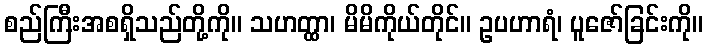
စည်ကြီးအစရှိသည်တို့ကို။ သဟတ္ထာ၊ မိမိကိုယ်တိုင်။ ဥပဟာရံ၊ ပူဇော်ခြင်းကို။